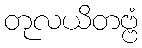
တုလယိတဗ္ဗံ